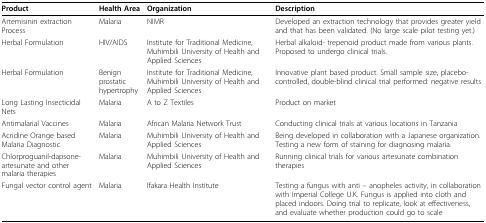
| Product | Health Area | Organization | Description |
 | --- | --- | --- | --- |
 | Artemisinin extraction Process | Malaria | NIMR | Developed an extraction technology that provides greater yield and that has been validated. (No large scale pilot testing yet.) |
 | Herbal Formulation | HIV/AIDS | Institute for Traditional Medicine, Muhimbili University of Health and Applied Sciences | Herbal alkaloid- trepenoid product made from various plants. Proposed to undergo clinical trials. |
 | Herbal Formulation | Benign prostatic hypertrophy | Institute for Traditional Medicine, Muhimbili University of Health and Applied Sciences | Innovative plant based product. Small sample size, placebo-controlled, double-blind clinical trial performed: negative results |
 | Long Lasting Insecticidal Nets | Malaria | A to Z Textiles | Product on market |
 | Antimalarial Vaccines | Malaria | African Malaria Network Trust | Conducting clinical trials at various locations in Tanzania |
 | Acridine Orange based Malaria Diagnostic | Malaria | Muhimbili University of Health and Applied Sciences | Being developed in collaboration with a Japanese organization. Testing a new form of staining for diagnosing malaria. |
 | Chlorproguanil-dapsone-artesunate and other malaria therapies | Malaria | Muhimbili University of Health and Applied Sciences | Running clinical trials for various artesunate combination therapies |
 | Fungal vector control agent | Malaria | Ifakara Health Institute | Testing a fungus with anti – anopheles activity, in collaboration with Imperial College U.K. Fungus is applied into cloth and placed indoors. Doing trial to replicate, look at effectiveness, and evaluate whether production could go to scale |